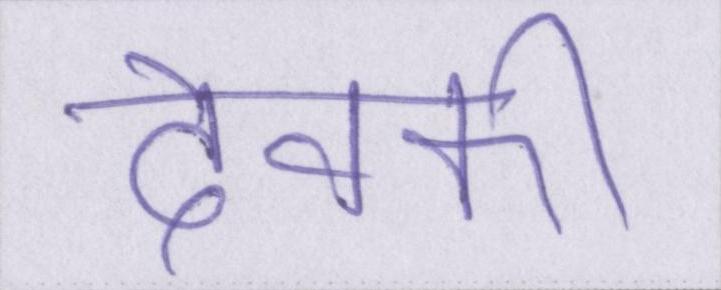
देवकी